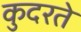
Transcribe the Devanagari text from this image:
कुदरते